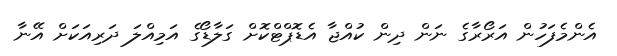
އެންމެފަހުން އަރޯރާގެ ނަން ދިން ކުއްޖާ އެޑޮޕްޓްކޮށް ގަލާޑޯގެ އަމިއްލަ ދަރިއަކަށް އޭނާ